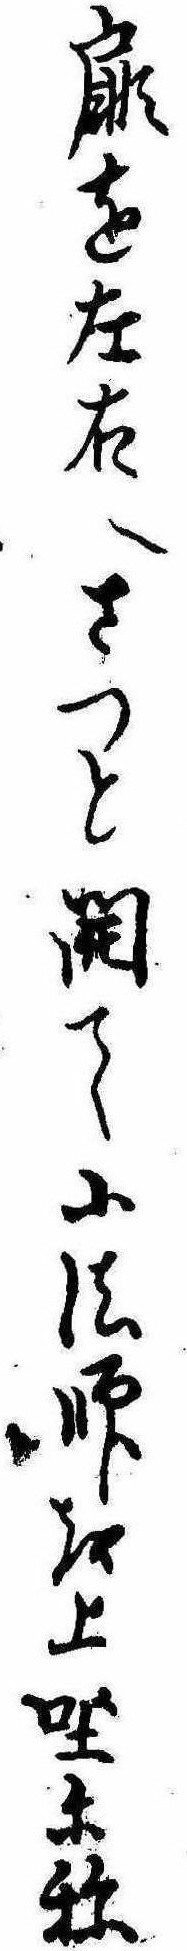
扉を左右へさつと開て小法師を上坐に称